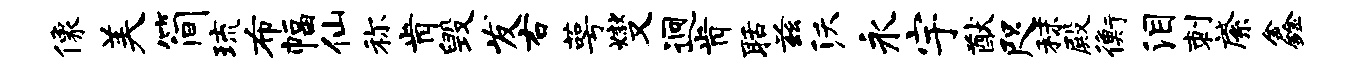
像美简琉布幅仙称肯毁发右萼燮迥肯聒兹沃永宇猷咫秣殿衡泪刺綮鑫